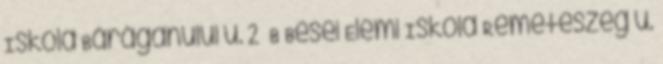
Iskola Bărăganului u. 2 B Besei Elemi Iskola Remeteszeg u.